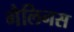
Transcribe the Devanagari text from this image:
गैलिनस